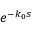
e ^ { - k _ { 0 } s }